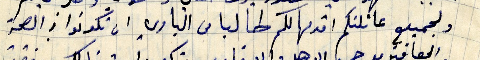
ولجميع عائلتكم اثديها لكم طالبا من الباري ان تكونوا في الصحة